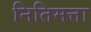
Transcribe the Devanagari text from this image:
नितिमत्ता